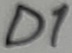
Text: D1